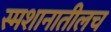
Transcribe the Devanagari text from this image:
स्मशानातीलच